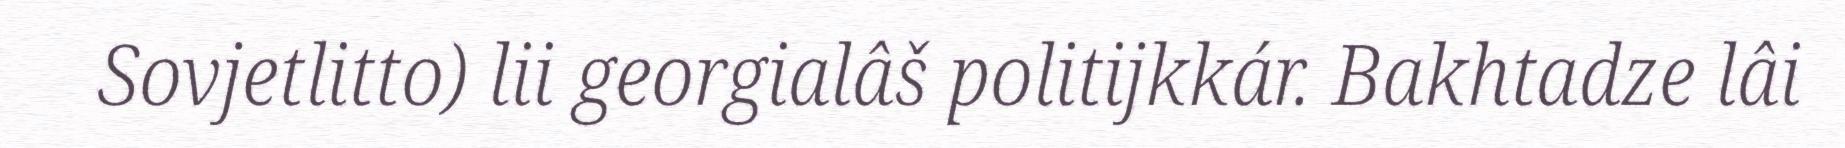
Sovjetlitto) lii georgialâš politijkkár. Bakhtadze lâi